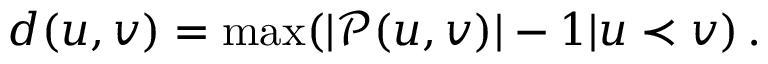
d ( u , v ) = \operatorname* { m a x } ( | \mathcal { P } ( u , v ) | - 1 | u \prec v ) \, .